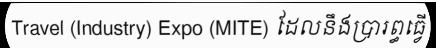
Travel (Industry) Expo (MITE) ដែលនឹងប្រារព្ធធ្វើ